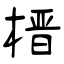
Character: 榗